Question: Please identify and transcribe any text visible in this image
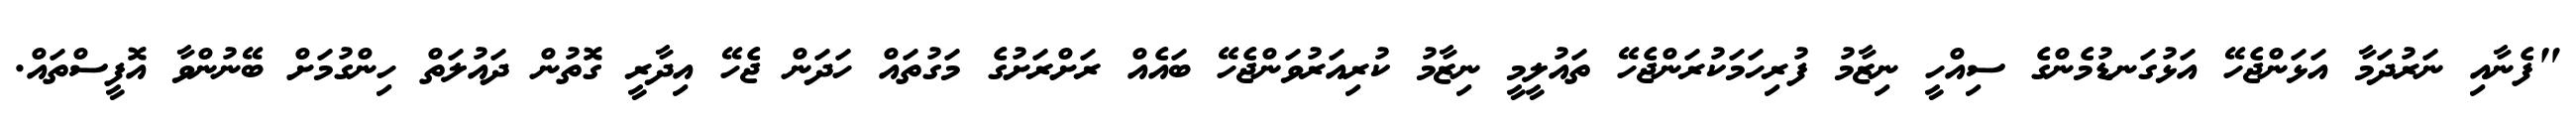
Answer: "ފެނާއި ނަރުދަމާ އަޅަންޖެހޭ އަޅުގަނޑުމެންގެ ސިއްހީ ނިޒާމު ފުރިހަމަކުރަންޖެހޭ ތައުލީމީ ނިޒާމު ކުރިއަރުވަންޖެހޭ ބައެއް ރަށްރަށުގެ މަގުތައް ހަދަން ޖެހޭ އިދާރީ ގޮތުން ދައުލަތް ހިންގުމަށް ބޭނުންވާ އޮފީސްތައް.